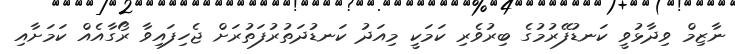
ނާޒިމް ވިދާޅުވީ ކަނޑުފޭރުމުގެ ބިރުވެރި ކަމަކީ މިއަދު ކަނޑުދަތުރުފަތުރަށް ޖެހިފައިވާ ރޯގާއެއް ކަމަށާއި